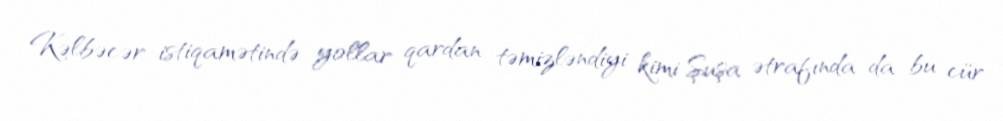
Kəlbəcər istiqamətində yollar qardan təmizləndiyi kimi Şuşa ətrafında da bu cür